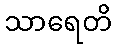
သာရေတိ